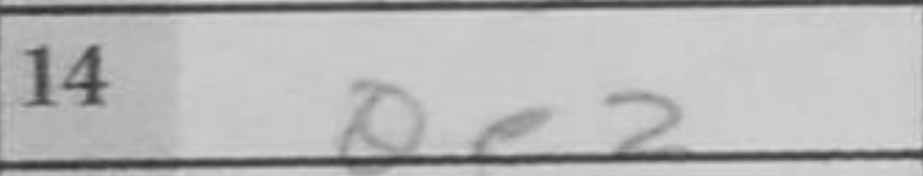
Transcription: Qe2